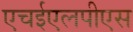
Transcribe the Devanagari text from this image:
एचईएलपीएस